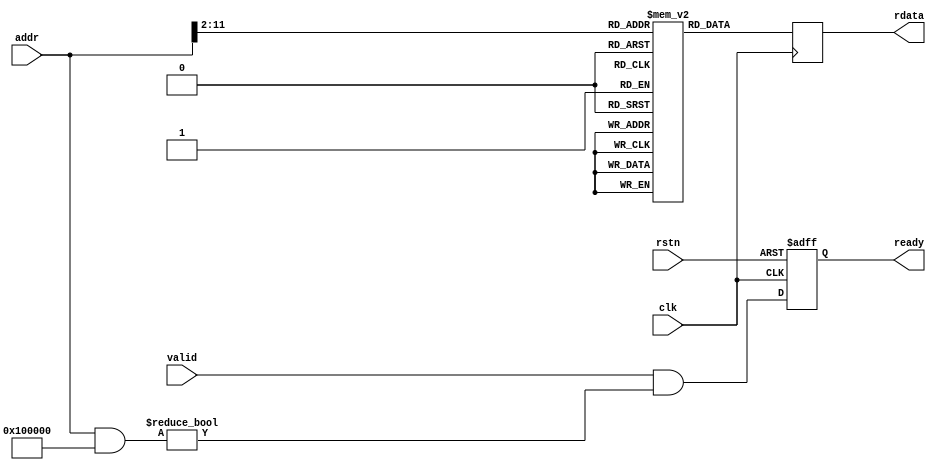
module progmem (
    // Closk & reset
    input wire clk,
    input wire rstn,

    // PicoRV32 bus interface
    input  wire        valid,
    output wire        ready,
    input  wire [31:0] addr,
    output wire [31:0] rdata
);

  // ============================================================================

  localparam MEM_SIZE_BITS = 10;  // In 32-bit words
  localparam MEM_SIZE = 1 << MEM_SIZE_BITS;
  localparam MEM_ADDR_MASK = 32'h0010_0000;

  // ============================================================================

  wire [MEM_SIZE_BITS-1:0] mem_addr;
  reg  [             31:0] mem_data;
  reg  [             31:0] mem      [0:MEM_SIZE];

  initial begin

  mem['h0000] <= 32'h00000093;
  mem['h0001] <= 32'h00000193;
  mem['h0002] <= 32'h00000213;
  mem['h0003] <= 32'h00000293;
  mem['h0004] <= 32'h00000313;
  mem['h0005] <= 32'h00000393;
  mem['h0006] <= 32'h00000413;
  mem['h0007] <= 32'h00000493;
  mem['h0008] <= 32'h00000513;
  mem['h0009] <= 32'h00000593;
  mem['h000A] <= 32'h00000613;
  mem['h000B] <= 32'h00000693;
  mem['h000C] <= 32'h00000713;
  mem['h000D] <= 32'h00000793;
  mem['h000E] <= 32'h00000813;
  mem['h000F] <= 32'h00000893;
  mem['h0010] <= 32'h00000913;
  mem['h0011] <= 32'h00000993;
  mem['h0012] <= 32'h00000a13;
  mem['h0013] <= 32'h00000a93;
  mem['h0014] <= 32'h00000b13;
  mem['h0015] <= 32'h00000b93;
  mem['h0016] <= 32'h00000c13;
  mem['h0017] <= 32'h00000c93;
  mem['h0018] <= 32'h00000d13;
  mem['h0019] <= 32'h00000d93;
  mem['h001A] <= 32'h00000e13;
  mem['h001B] <= 32'h00000e93;
  mem['h001C] <= 32'h00000f13;
  mem['h001D] <= 32'h00000f93;
  mem['h001E] <= 32'h03000537;
  mem['h001F] <= 32'h00100593;
  mem['h0020] <= 32'h00b52023;
  mem['h0021] <= 32'h00000513;
  mem['h0022] <= 32'h00a52023;
  mem['h0023] <= 32'h00450513;
  mem['h0024] <= 32'hfe254ce3;
  mem['h0025] <= 32'h03000537;
  mem['h0026] <= 32'h00300593;
  mem['h0027] <= 32'h00b52023;
  mem['h0028] <= 32'h00000517;
  mem['h0029] <= 32'h20c50513;
  mem['h002A] <= 32'h00000593;
  mem['h002B] <= 32'h00000613;
  mem['h002C] <= 32'h00c5dc63;
  mem['h002D] <= 32'h00052683;
  mem['h002E] <= 32'h00d5a023;
  mem['h002F] <= 32'h00450513;
  mem['h0030] <= 32'h00458593;
  mem['h0031] <= 32'hfec5c8e3;
  mem['h0032] <= 32'h03000537;
  mem['h0033] <= 32'h00700593;
  mem['h0034] <= 32'h00b52023;
  mem['h0035] <= 32'h00000513;
  mem['h0036] <= 32'h00000593;
  mem['h0037] <= 32'h00b55863;
  mem['h0038] <= 32'h00052023;
  mem['h0039] <= 32'h00450513;
  mem['h003A] <= 32'hfeb54ce3;
  mem['h003B] <= 32'h03000537;
  mem['h003C] <= 32'h00f00593;
  mem['h003D] <= 32'h00b52023;
  mem['h003E] <= 32'h144000ef;
  mem['h003F] <= 32'h0000006f;
  mem['h0040] <= 32'h020002b7;
  mem['h0041] <= 32'h12000313;
  mem['h0042] <= 32'h00629023;
  mem['h0043] <= 32'h000281a3;
  mem['h0044] <= 32'h02060863;
  mem['h0045] <= 32'h00800f13;
  mem['h0046] <= 32'h0ff67393;
  mem['h0047] <= 32'h0073de93;
  mem['h0048] <= 32'h01d28023;
  mem['h0049] <= 32'h010eee93;
  mem['h004A] <= 32'h01d28023;
  mem['h004B] <= 32'h00139393;
  mem['h004C] <= 32'h0ff3f393;
  mem['h004D] <= 32'hffff0f13;
  mem['h004E] <= 32'hfe0f12e3;
  mem['h004F] <= 32'h00628023;
  mem['h0050] <= 32'h04058663;
  mem['h0051] <= 32'h00800f13;
  mem['h0052] <= 32'h00054383;
  mem['h0053] <= 32'h0073de93;
  mem['h0054] <= 32'h01d28023;
  mem['h0055] <= 32'h010eee93;
  mem['h0056] <= 32'h01d28023;
  mem['h0057] <= 32'h0002ce83;
  mem['h0058] <= 32'h002efe93;
  mem['h0059] <= 32'h001ede93;
  mem['h005A] <= 32'h00139393;
  mem['h005B] <= 32'h01d3e3b3;
  mem['h005C] <= 32'h0ff3f393;
  mem['h005D] <= 32'hffff0f13;
  mem['h005E] <= 32'hfc0f1ae3;
  mem['h005F] <= 32'h00750023;
  mem['h0060] <= 32'h00150513;
  mem['h0061] <= 32'hfff58593;
  mem['h0062] <= 32'hfb9ff06f;
  mem['h0063] <= 32'h08000313;
  mem['h0064] <= 32'h006281a3;
  mem['h0065] <= 32'h00008067;
  mem['h0066] <= 32'hfe010113;
  mem['h0067] <= 32'h00112e23;
  mem['h0068] <= 32'h00812c23;
  mem['h0069] <= 32'h02010413;
  mem['h006A] <= 32'h00050793;
  mem['h006B] <= 32'hfef407a3;
  mem['h006C] <= 32'hfef44703;
  mem['h006D] <= 32'h00a00793;
  mem['h006E] <= 32'h00f71663;
  mem['h006F] <= 32'h00d00513;
  mem['h0070] <= 32'hfd9ff0ef;
  mem['h0071] <= 32'h020007b7;
  mem['h0072] <= 32'h00878793;
  mem['h0073] <= 32'hfef44703;
  mem['h0074] <= 32'h00e7a023;
  mem['h0075] <= 32'h00000013;
  mem['h0076] <= 32'h01c12083;
  mem['h0077] <= 32'h01812403;
  mem['h0078] <= 32'h02010113;
  mem['h0079] <= 32'h00008067;
  mem['h007A] <= 32'hfe010113;
  mem['h007B] <= 32'h00112e23;
  mem['h007C] <= 32'h00812c23;
  mem['h007D] <= 32'h02010413;
  mem['h007E] <= 32'hfea42623;
  mem['h007F] <= 32'h01c0006f;
  mem['h0080] <= 32'hfec42783;
  mem['h0081] <= 32'h00178713;
  mem['h0082] <= 32'hfee42623;
  mem['h0083] <= 32'h0007c783;
  mem['h0084] <= 32'h00078513;
  mem['h0085] <= 32'hf85ff0ef;
  mem['h0086] <= 32'hfec42783;
  mem['h0087] <= 32'h0007c783;
  mem['h0088] <= 32'hfe0790e3;
  mem['h0089] <= 32'h00000013;
  mem['h008A] <= 32'h00000013;
  mem['h008B] <= 32'h01c12083;
  mem['h008C] <= 32'h01812403;
  mem['h008D] <= 32'h02010113;
  mem['h008E] <= 32'h00008067;
  mem['h008F] <= 32'hff010113;
  mem['h0090] <= 32'h00112623;
  mem['h0091] <= 32'h00812423;
  mem['h0092] <= 32'h01010413;
  mem['h0093] <= 32'h030007b7;
  mem['h0094] <= 32'h0000c737;
  mem['h0095] <= 32'hffb70713;
  mem['h0096] <= 32'h00e7a023;
  mem['h0097] <= 32'h020007b7;
  mem['h0098] <= 32'h00478793;
  mem['h0099] <= 32'h0d900713;
  mem['h009A] <= 32'h00e7a023;
  mem['h009B] <= 32'h001007b7;
  mem['h009C] <= 32'h29c78513;
  mem['h009D] <= 32'hf75ff0ef;
  mem['h009E] <= 32'h001007b7;
  mem['h009F] <= 32'h2a878513;
  mem['h00A0] <= 32'hf69ff0ef;
  mem['h00A1] <= 32'h00000793;
  mem['h00A2] <= 32'h00078513;
  mem['h00A3] <= 32'h00c12083;
  mem['h00A4] <= 32'h00812403;
  mem['h00A5] <= 32'h01010113;
  mem['h00A6] <= 32'h00008067;
  mem['h00A7] <= 32'h6c6c6548;
  mem['h00A8] <= 32'h6a64206f;
  mem['h00A9] <= 32'h000a6a64;
  mem['h00AA] <= 32'h0000000a;

  end

  always @(posedge clk) mem_data <= mem[mem_addr];

  // ============================================================================

  reg o_ready;

  always @(posedge clk or negedge rstn)
    if (!rstn) o_ready <= 1'd0;
    else o_ready <= valid && ((addr & MEM_ADDR_MASK) != 0);

  // Output connectins
  assign ready    = o_ready;
  assign rdata    = mem_data;
  assign mem_addr = addr[MEM_SIZE_BITS+1:2];

endmodule